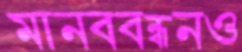
মানববন্ধনও